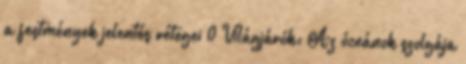
a festmények jelentés rétegei 0 Világjárók: Az óceánok szolgája